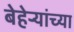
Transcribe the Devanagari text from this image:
बेहेर्‍यांच्या